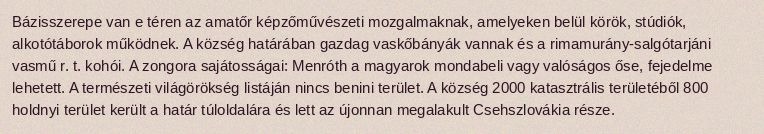
Bázisszerepe van e téren az amatőr képzőművészeti mozgalmaknak, amelyeken belül körök, stúdiók, alkotótáborok működnek. A község határában gazdag vaskőbányák vannak és a rimamurány-salgótarjáni vasmű r. t. kohói. A zongora sajátosságai: Menróth a magyarok mondabeli vagy valóságos őse, fejedelme lehetett. A természeti világörökség listáján nincs benini terület. A község 2000 katasztrális területéből 800 holdnyi terület került a határ túloldalára és lett az újonnan megalakult Csehszlovákia része.